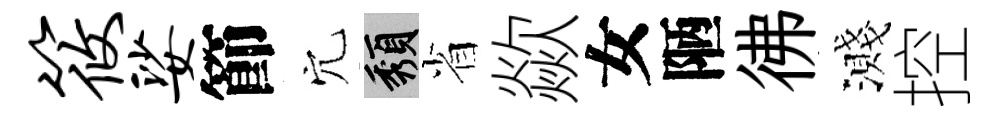
筱娑節穴頽省歘女陋彿濺控